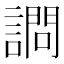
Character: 𫍋